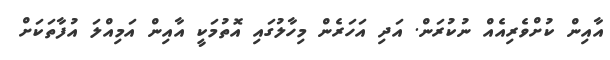
އާއިން ކުށްވެރިއެއް ނުކުރަން. އަދި އަހަރެން މިހާލުގައި އޮތުމަކީ އާއިން އަމިއްލަ އުފާތަކަށް